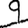
Digit: 9